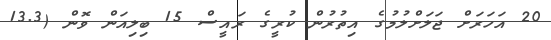
20 އަހަރަށް ޖަލަށްލުމުގެ އިތުރުން ކުރީގެ ރައީސް 15 ބިލިއަން ވޮން (13.3